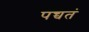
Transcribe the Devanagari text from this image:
पच्चतं